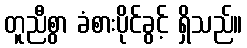
တူညီစွာ ခံစားပိုင်ခွင့် ရှိသည်။